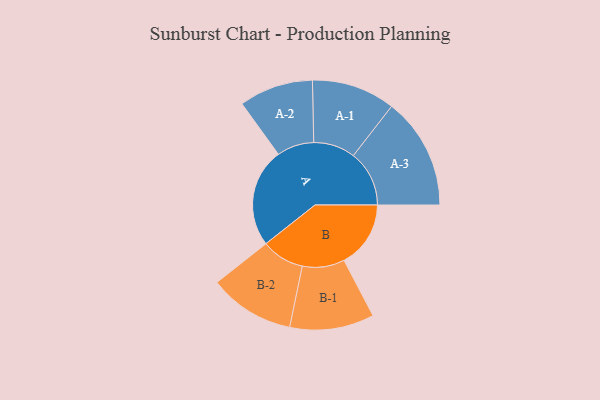
{"axis": {"x": "Segment", "y": "Value"}, "legend": ["", "A", "B"], "data": [{"x": "A", "y": 448, "type": ""}, {"x": "B", "y": 302, "type": ""}, {"x": "A-1", "y": 189, "type": "A"}, {"x": "A-2", "y": 168, "type": "A"}, {"x": "A-3", "y": 253, "type": "A"}, {"x": "B-1", "y": 191, "type": "B"}, {"x": "B-2", "y": 194, "type": "B"}]}